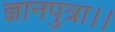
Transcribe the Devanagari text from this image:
ज्ञानपुत्रा।।